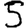
Digit: 5